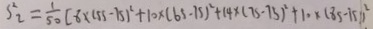
S _ { 2 } ^ { 2 } = \frac { 1 } { 5 0 } [ 8 \times ( 5 5 - 7 5 ) ^ { 2 } + 1 0 \times ( 6 5 - 7 5 ) ^ { 2 } + 1 4 \times ( 7 5 - 7 5 ) ^ { 2 } + 1 0 \times ( 8 5 - 7 5 ) ^ { 2 } .